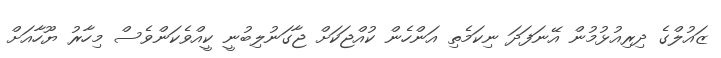
ޒައުލްގެ ދިރިއުޅުމުން އޭނަފަދަ ނިކަމެތި އަންހެން ކުއްޖަކަށް ޖާގަނުލިބުނީ ކީއްވެކަންވެސް މިހާރު ޔޫހާއަށް